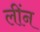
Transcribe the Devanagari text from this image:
लींन